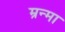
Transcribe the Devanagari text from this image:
म्रन्मा